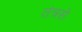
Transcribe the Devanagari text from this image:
तंत्रसे